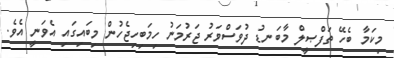
މިކަމާ ބެހޭ ތަފްޞީލް މާބަނޑު ދުވަސްވަރު ޖަރުމަނު ހިމަބިހިޖެހުން މިބައިގައި އެވަނީ އެވެ.